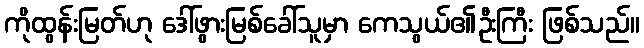
ကိုထွန်းမြတ်ဟု ဒေါ်ဖွားမြစ်ခေါ်သူမှာ ကေသွယ်၏ဦးကြီး ဖြစ်သည်။